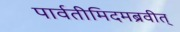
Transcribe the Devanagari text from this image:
पार्वतीमिदमब्रवीत्